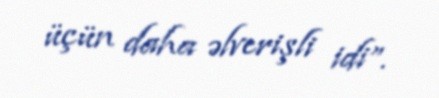
üçün daha əlverişli idi”.